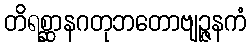
တိရစ္ဆာနဂတုဘတောဗျဉ္ဇနကံ